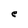
Character: e